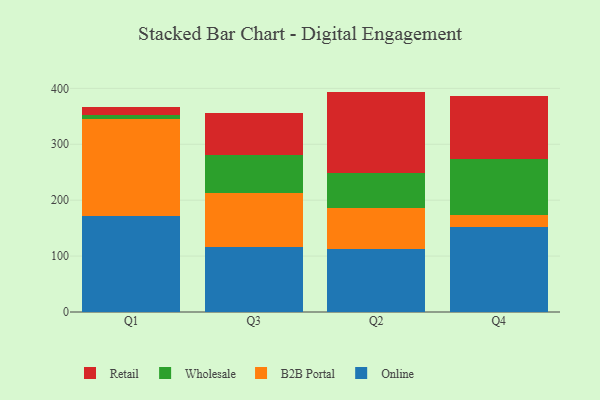
{"axis": {"x": "Quarter", "y": "Customer Acquisition Cost (USD)"}, "legend": ["B2B Portal", "Online", "Retail", "Wholesale"], "data": [{"x": "Q1", "y": 171.5, "type": "Online"}, {"x": "Q1", "y": 172.9, "type": "B2B Portal"}, {"x": "Q1", "y": 7.2, "type": "Wholesale"}, {"x": "Q1", "y": 14.9, "type": "Retail"}, {"x": "Q3", "y": 116.2, "type": "Online"}, {"x": "Q3", "y": 96.3, "type": "B2B Portal"}, {"x": "Q3", "y": 68.1, "type": "Wholesale"}, {"x": "Q3", "y": 75.6, "type": "Retail"}, {"x": "Q2", "y": 112.7, "type": "Online"}, {"x": "Q2", "y": 73.6, "type": "B2B Portal"}, {"x": "Q2", "y": 62.3, "type": "Wholesale"}, {"x": "Q2", "y": 145.6, "type": "Retail"}, {"x": "Q4", "y": 151.9, "type": "Online"}, {"x": "Q4", "y": 20.8, "type": "B2B Portal"}, {"x": "Q4", "y": 101.1, "type": "Wholesale"}, {"x": "Q4", "y": 112.2, "type": "Retail"}]}